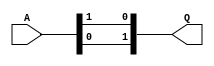
/////////////////////////////////////////////////////////////////////////////////
//
// Original Author: David Canright
// Adapted by:
// 
// Module Name: gf_sq_2
// Project Name: aes_sboxes
// Description: Square in GF(2^2), using normal basis [Omega^2,Omega]. Inverse
//              is the same as square in GF(2^2), using any normal basis.
//              Adapted from D. Canright's Very Compact S-Box.
// 
// Dependencies: None.
// 
// Additional Comments: None.
// 
//////////////////////////////////////////////////////////////////////////////////

module gf_sq_2 (
        input   wire    [1:0]   A,
        output  wire    [1:0]   Q
    );

    assign Q = {A[0], A[1]};

endmodule // gf_sq_2